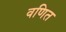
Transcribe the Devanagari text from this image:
वणित